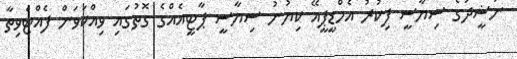
ނަޝީދުގެ ސިޔާސީ ފިކުރު އެމްޑީޕީއޭ ކިޔުނު ސިޔާސީ ޕާޓީއެއްގެ ގޮތުގައި ވިއްކަވަން ފެއްޓެވިތާ